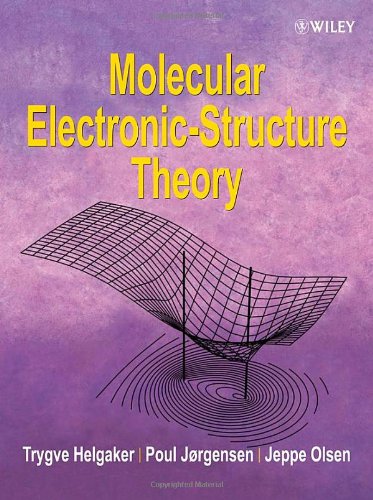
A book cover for Molecular Electronic-Structure Theory; Trygve Helgaker; Science & Math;